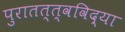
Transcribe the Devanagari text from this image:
पुरातत्त्वविद्या